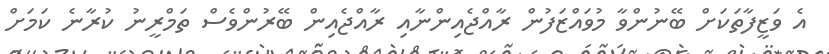
އެ ވަޒީފާތަކަށް ބޭނުންވާ މުވައްޒަފުން ރާއްޖެއިންނާއި ރާއްޖެއިން ބޭރުންވެސް ތަމްރީނު ކުރާނެ ކަމަށް